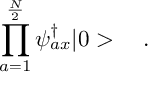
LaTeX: \prod _ { a = 1 } ^ { \frac { \cal N } { 2 } } \psi _ { a x } ^ { \dagger } | 0 > \quad .